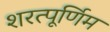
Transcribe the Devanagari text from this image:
शरत्पूर्णिम